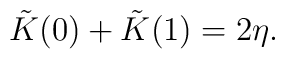
\tilde{K}(0)+\tilde{K}(1)=2\eta.